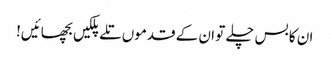
ان کا بس چلے تو ان کے قدموں تلے پلکیں بچھائیں!